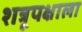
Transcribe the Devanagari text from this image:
शत्रूपक्षाला